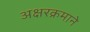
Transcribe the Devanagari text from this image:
अक्षरक्रमाने